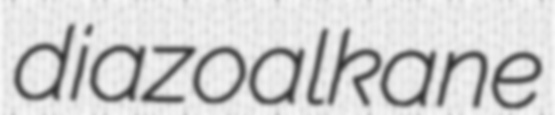
diazoalkane